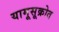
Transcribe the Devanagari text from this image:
यामूसूक्रोत